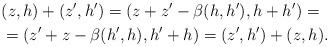
LaTeX: \begin{align*}&(z,h)+(z',h')=(z+z'-\beta(h,h'),h+h')=\\&=(z'+z-\beta(h',h),h'+h)=(z',h')+(z,h).\end{align*}